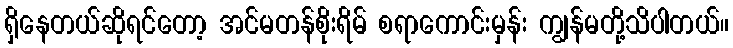
ရှိနေတယ်ဆိုရင်တော့ အင်မတန်စိုးရိမ် စရာကောင်းမှန်း ကျွန်မတို့သိပါတယ်။